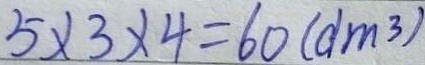
5 \times 3 \times 4 = 6 0 ( d m ^ { 3 } )